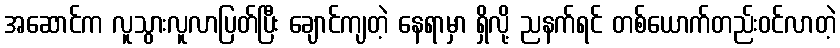
အဆောင်က လူသွားလူလာပြတ်ပြီး ချောင်ကျတဲ့ နေရာမှာ ရှိလို့ ညနက်ရင် တစ်ယောက်တည်းဝင်လာတဲ့